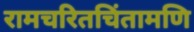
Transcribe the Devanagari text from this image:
रामचरितचिंतामणि